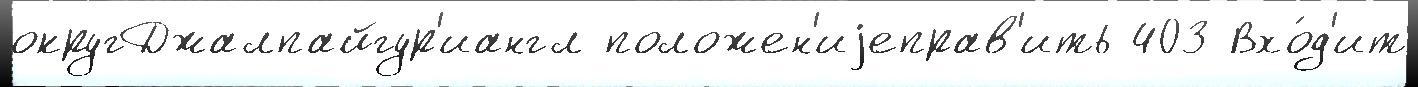
округДжалпайгур'иангл положен'иjеправ'ить 403 Вхо́д'ит